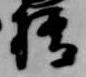
橋